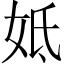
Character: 𡛜